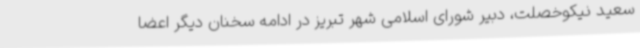
سعید نیکوخصلت، دبیر شورای اسلامی شهر تبریز در ادامه سخنان دیگر اعضا